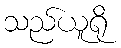
သည်ယူရို